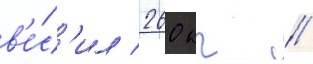
в'е́с'ил 260 кг //